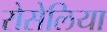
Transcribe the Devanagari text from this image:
रोसेलिया